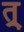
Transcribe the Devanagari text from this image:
त्र्